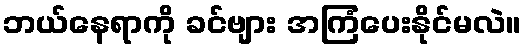
ဘယ်နေရာကို ခင်ဗျား အကြံပေးနိုင်မလဲ။